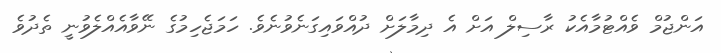
އަންޖުމް ވެއްޓުމާއެކު ރާސިލް އަށް އެ ދިމާލަށް ދުއްވައިގަނެވުނެވެ. ހަމަޖެހިމުގެ ނޭވާއެއްލެވުނީ ތެދުވެ